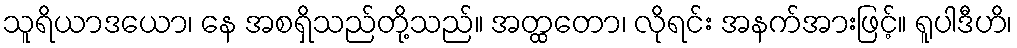
သူရိယာဒယော၊ နေ အစရှိသည်တို့သည်။ အတ္ထတော၊ လိုရင်း အနက်အားဖြင့်။ ရူပါဒီဟိ၊